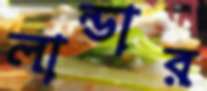
লান্ডার